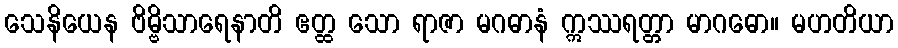
သေနိယေန ဗိမ္ဗိသာရေနာတိ ဧတ္ထ သော ရာဇာ မဂဓာနံ ဣဿရတ္တာ မာဂဓော။ မဟတိယာ